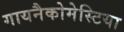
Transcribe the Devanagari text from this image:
गायनैकोमेस्टिया